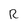
Character: R